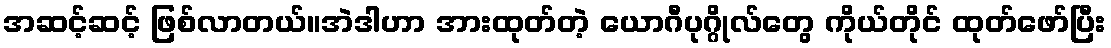
အဆင့်ဆင့် ဖြစ်လာတယ်။အဲဒါဟာ အားထုတ်တဲ့ ယောဂီပုဂ္ဂိုလ်တွေ ကိုယ်တိုင် ထုတ်ဖော်ပြီး